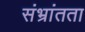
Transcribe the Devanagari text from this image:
संभ्रांतता